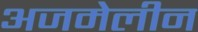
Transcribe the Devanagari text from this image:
अजमेलीन